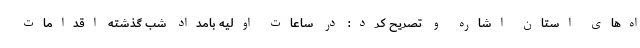
اه‌های استان اشاره و تصریح کرد: در ساعات اولیه بامداد شب گذشته اقدامات